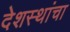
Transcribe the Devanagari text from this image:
देशस्थांचा